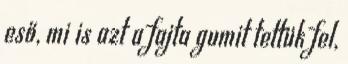
eső, mi is azt a fajta gumit tettük fel,